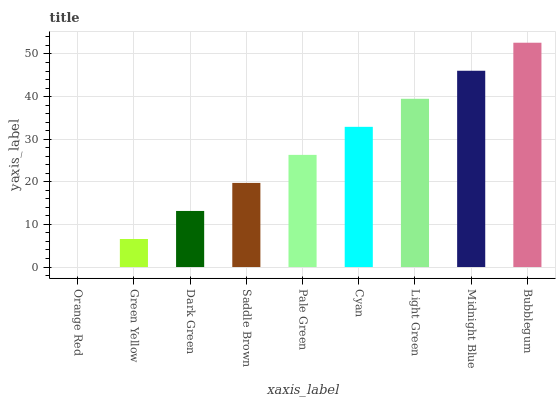
| xaxis_label | bars |
 | --- | --- |
 | Orange Red | 0 |
 | Green Yellow | 6.58 |
 | Dark Green | 13.2 |
 | Saddle Brown | 19.7 |
 | Pale Green | 26.3 |
 | Cyan | 32.9 |
 | Light Green | 39.5 |
 | Midnight Blue | 46.1 |
 | Bubblegum | 52.6 |